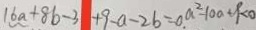
1 6 a + 8 b - 3 + 9 - a - 2 b = 0 . a ^ { 2 } - 1 0 a + 9 < 0